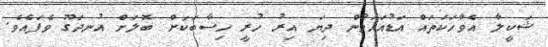
ޝަކީލާ އެވާހަކަތައް އަޑުއަހަމުން ދިޔަ އިރު ހުރީ ހިސާބަކަށް ބޮލަށް އުނދަގޫ ވެފައެވެ.